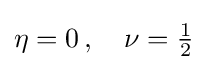
\eta =0\,,\quad \nu ={\tfrac {1}{2}}